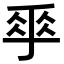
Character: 𠂿